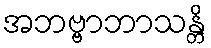
အဘဗ္ဗာဘာသန္တိ